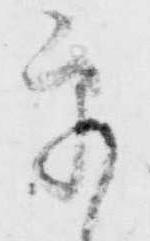
乎